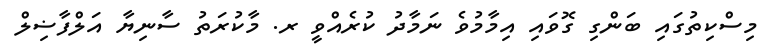
މިސްކިތުގައި ބަންގި ގޮވައި އިމާމުވެ ނަމާދު ކުރެއްވީ ރ. މާކުރަތު ސާނިޔާ އަލްފާޟިލް